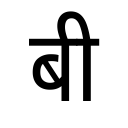
OCR:
बी